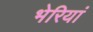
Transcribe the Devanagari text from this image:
भेरियां